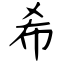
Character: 希